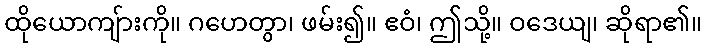
ထိုယောကျ်ားကို။ ဂဟေတွာ၊ ဖမ်း၍။ ဧဝံ၊ ဤသို့။ ဝဒေယျ၊ ဆိုရာ၏။